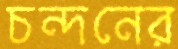
চন্দনের